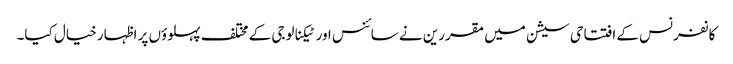
کانفرنس کے افتتاحی سیشن میں مقررین نے سائنس اور ٹیکنالوجی کے مختلف پہلوؤں پر اظہار خیال کیا۔